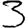
Digit: 3